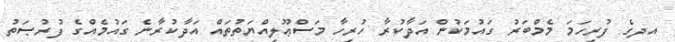
އދގެ ފުރިހަމަ މެމްބަރު ގައުމަކުން އަދާކުރާ ހުރިހާ މަސްޢޫލިއްޔަތުތައް އަދާކުރާނެ ގައުމެއްގެ ފުރުޞަތު